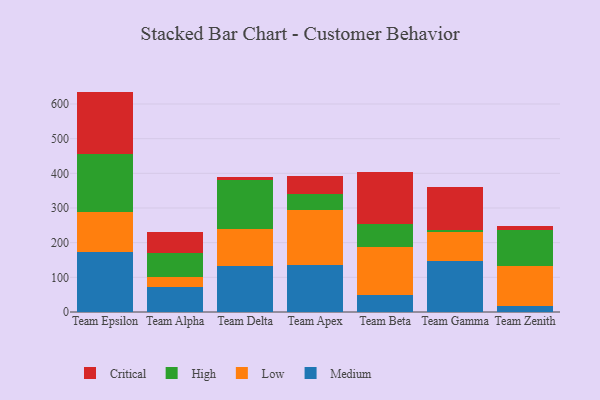
{"axis": {"x": "Team", "y": "Operating Costs (USD K)"}, "legend": ["Critical", "High", "Low", "Medium"], "data": [{"x": "Team Epsilon", "y": 174.3, "type": "Medium"}, {"x": "Team Epsilon", "y": 114.0, "type": "Low"}, {"x": "Team Epsilon", "y": 168.0, "type": "High"}, {"x": "Team Epsilon", "y": 179.5, "type": "Critical"}, {"x": "Team Alpha", "y": 71.0, "type": "Medium"}, {"x": "Team Alpha", "y": 29.3, "type": "Low"}, {"x": "Team Alpha", "y": 68.8, "type": "High"}, {"x": "Team Alpha", "y": 62.3, "type": "Critical"}, {"x": "Team Delta", "y": 133.8, "type": "Medium"}, {"x": "Team Delta", "y": 105.2, "type": "Low"}, {"x": "Team Delta", "y": 140.8, "type": "High"}, {"x": "Team Delta", "y": 9.7, "type": "Critical"}, {"x": "Team Apex", "y": 136.1, "type": "Medium"}, {"x": "Team Apex", "y": 157.0, "type": "Low"}, {"x": "Team Apex", "y": 47.1, "type": "High"}, {"x": "Team Apex", "y": 52.7, "type": "Critical"}, {"x": "Team Beta", "y": 49.9, "type": "Medium"}, {"x": "Team Beta", "y": 138.4, "type": "Low"}, {"x": "Team Beta", "y": 65.3, "type": "High"}, {"x": "Team Beta", "y": 148.9, "type": "Critical"}, {"x": "Team Gamma", "y": 146.0, "type": "Medium"}, {"x": "Team Gamma", "y": 85.1, "type": "Low"}, {"x": "Team Gamma", "y": 6.8, "type": "High"}, {"x": "Team Gamma", "y": 122.5, "type": "Critical"}, {"x": "Team Zenith", "y": 17.6, "type": "Medium"}, {"x": "Team Zenith", "y": 115.5, "type": "Low"}, {"x": "Team Zenith", "y": 103.9, "type": "High"}, {"x": "Team Zenith", "y": 12.4, "type": "Critical"}]}